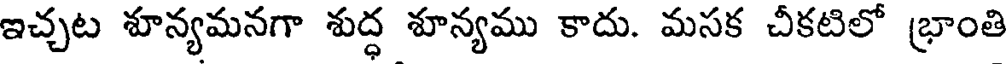
ఇచ్చట శూన్యమనగా శుద్ధ శూన్యము కాదు. మసక చీకటిలో భ్రాంతి